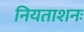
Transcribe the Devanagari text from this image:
नियताशनः